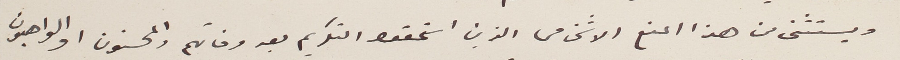
ويستثنى من هذا المنع الاشخاص الذين استحقوا التكريم بعد وفاتهم والمحسنون والواهبون